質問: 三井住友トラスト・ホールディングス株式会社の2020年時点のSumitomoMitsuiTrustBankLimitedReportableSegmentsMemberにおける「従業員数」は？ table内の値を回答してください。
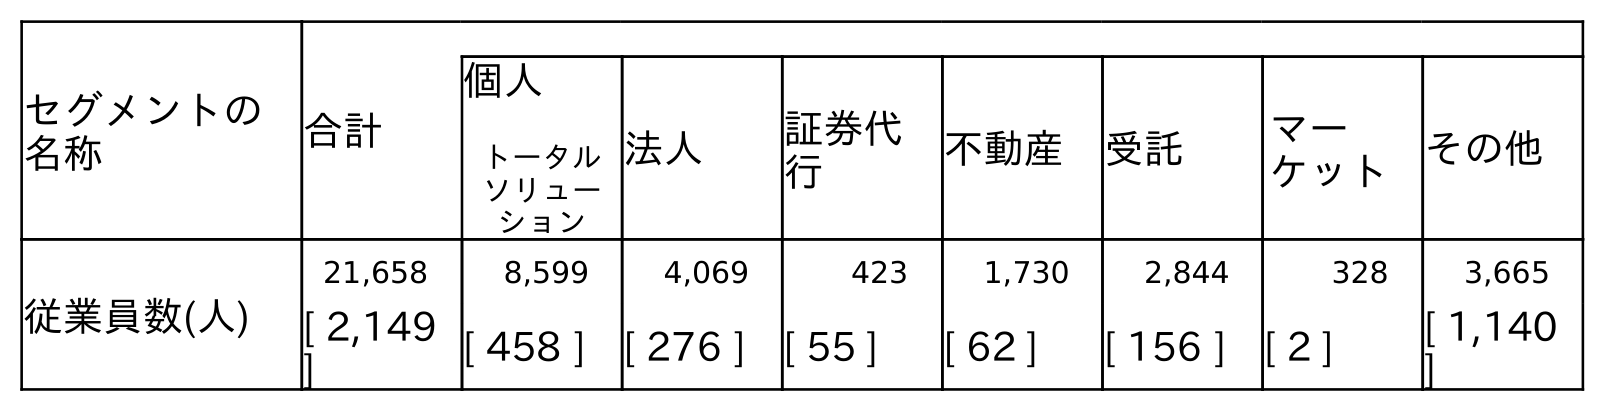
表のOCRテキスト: セグメントの 名称 合計 個人 トータル ソリュー ション 法人 証券代 行 不動産 受託 マー ケット その他 従業員数(人) 21,658 8,599 4,069 423 1,730 2,844 328 3,665 [ 2,149 ] [ 458 ] [ 276 ] [ 55 ] [ 62 ] [ 156 ] [ 2 ] [ 1,140 ]
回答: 21,658